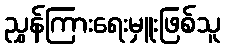
ညွှန်ကြားရေးမှူးဖြစ်သူ